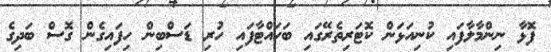
ފޮޅާ ނިންމާލާފައި ކުނިއަޅަން ކޮޓަރިތެރޭގައި ބަހައްޓާފައި ހުރި ޑަސްބިން ހިފައިގެން ގޮސް ބަދިގެ